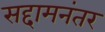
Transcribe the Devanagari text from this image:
सद्दामनंतर